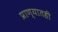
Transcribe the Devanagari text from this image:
प्राण्यातही